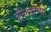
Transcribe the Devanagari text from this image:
हस्तिपरीक्षा